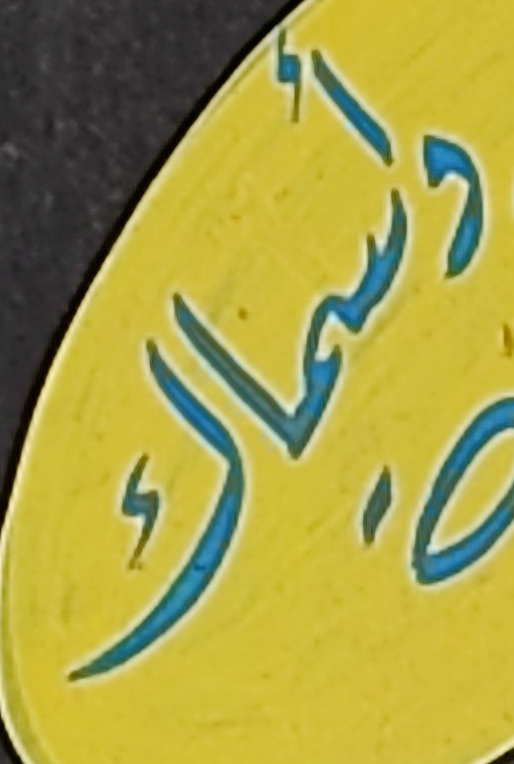
وأسماك